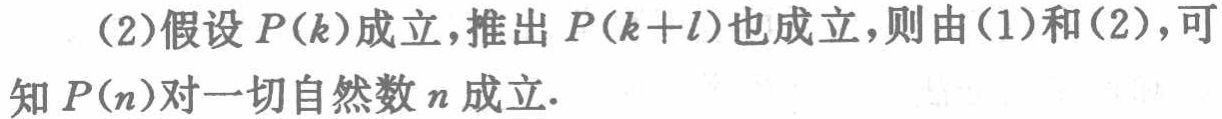
（2）假设\(P(k)\)成立，推出\(P(k + l)\)也成立，则由（1）和（2），可知\(P(n)\)对一切自然数\(n\)成立.